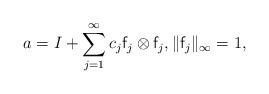
LaTeX: \begin{align*}a=I+\sum_{j=1}^\infty c_j \mathsf{f}_j \otimes \mathsf{f}_j, \|\mathsf{f}_j\|_\infty=1,\end{align*}